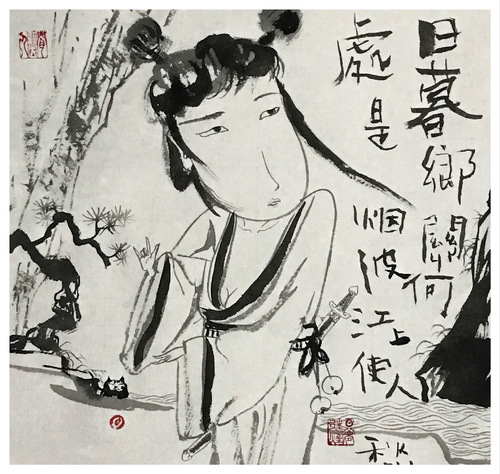
日暮乡关何处是？烟波江上使人愁。